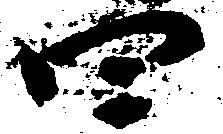
四